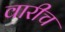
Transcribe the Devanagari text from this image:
वारीच